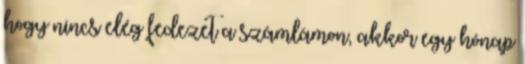
hogy nincs elég fedezet a számlámon, akkor egy hónap